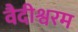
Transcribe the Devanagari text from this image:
वैदीश्वरम